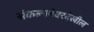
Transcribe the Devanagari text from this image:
संकल्पनेवरदेखील